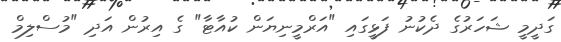
ގަދީމީ ޝަހަރުގެ ދެކުނު ފަޅީގައި "އަރްމީނިޔަން ކުއާޓާ" ގެ އިރުން އަދި "މުސްލިމް